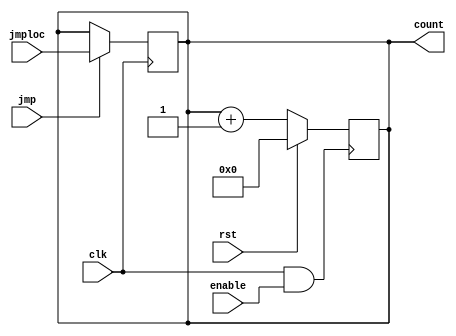
`timescale 1ns/1ps
module PC(input clk, input rst, input enable, input [3:0] jmploc, input jmp, output reg [3:0] count);
wire CLK;
assign CLK = (clk & enable);
initial begin
    count <= 4'b0000;
end
always @(posedge CLK)
begin
    if(rst)
    begin
        count <= 4'b0000;
    end
    else
    begin
        count <= count + 1;
    end
end

always @(posedge clk)
begin
    if(jmp)
    begin
        count <= jmploc;
    end
end
endmodule